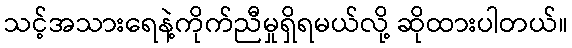
သင့်အသားရေနဲ့ကိုက်ညီမှုရှိရမယ်လို့ ဆိုထားပါတယ်။